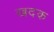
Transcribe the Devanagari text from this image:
खदक